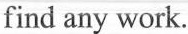
find any work.